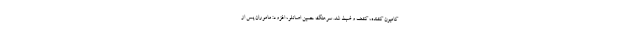
کامیون کشنده، کشف و ضبط شد. سرهنگ حسین اصانلو، افزود: ماموران پس از